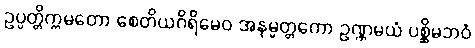
ဥပ္ပတ္တိက္ကမတော စေတိယဂိရိမေဝ အနုမ္မတ္တကော ဥဏ္ဏမယံ ပစ္ဆိမဘဝံ